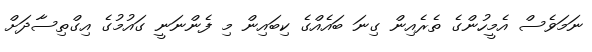
ނަމަވެސް އެމީހުންގެ ތެރެއިން ގިނަ ބައެއްގެ ކިބައިން މި ފެންނަނީ ގައުމުގެ އިގްތިސާދަށް